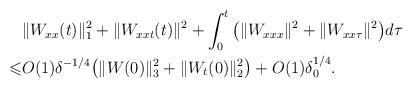
LaTeX: \begin{align*}&\|W_{xx}(t)\|_1^2 + \|W_{xxt}( t)\|^2+ \int_0^t \big(\|W_{xxx}\|^2 + \|W_{xx\tau}\|^2\big) d\tau\\\leqslant& O(1)\delta^{-1/4}\big( \|W(0)\|_3^2 + \|W_t(0)\|_2^2\big)+ O(1) \delta_0^{{1}/{4}}.\end{align*}